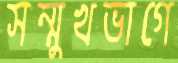
সন্মুখভাগে